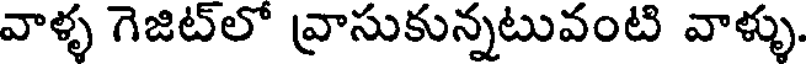
వాళ్ళ గెజిట్లో వ్రాసుకున్నటువంటి వాళ్ళు.